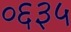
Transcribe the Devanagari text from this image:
०६३५